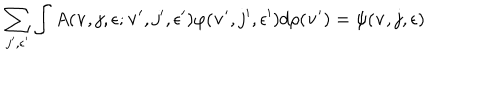
\sum _ { j ^ { \prime } , \epsilon ^ { \prime } } \int A ( { \bf v } , j , \epsilon ; { \bf v } ^ { \prime } , j ^ { \prime } , \epsilon ^ { \prime } ) \varphi ( { \bf v } ^ { \prime } , j ^ { \prime } , \epsilon ^ { \prime } ) d \rho ( { \bf v } ^ { \prime } ) = \psi ( { \bf v } , j , \epsilon )